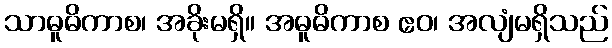
သာဓူဓိကာစ၊ အခိုးမရှိ။ အဓူဓိကာစ ဧဝ၊ အလျံမရှိသည်